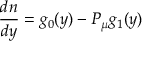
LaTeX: \frac { d n } { d y } = g _ { 0 } ( y ) - P _ { \mu } g _ { 1 } ( y )